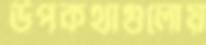
উপকথাগুলোয়